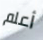
أعلم